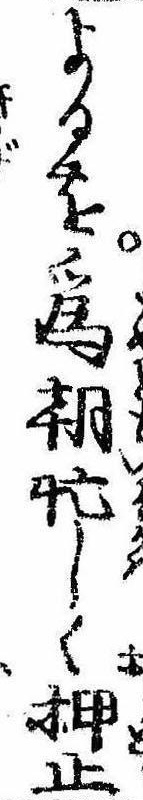
よるを為朝忙しく押止